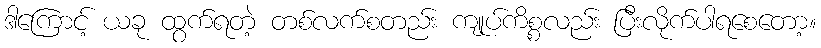
ဒါကြောင့် ယခု ထွက်ရတဲ့ တစ်လက်စတည်း ကျုပ်ကိစ္စလည်း ပြီးလိုက်ပါရစေတော့။